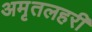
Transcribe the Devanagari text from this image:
अमृतलहरी